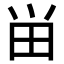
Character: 畄